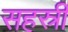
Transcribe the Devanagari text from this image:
सहस्री